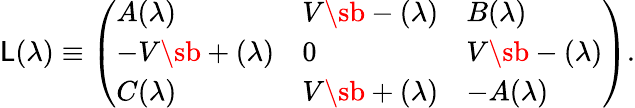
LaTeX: \mathsf{L}(\lambda)\equiv\left(\begin{array}{lll}{{A(\lambda)}}&{{V\sb-(\lambda)}}&{{B(\lambda)}}\\ {{-V\sb+(\lambda)}}&{{0}}&{{V\sb-(\lambda)}}\\ {{C(\lambda)}}&{{V\sb+(\lambda)}}&{{-A(\lambda)}}\end{array}\right).